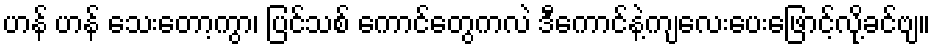
ဟန် ဟန် သေးတော့ကွာ၊ ပြင်သစ် ကောင်တွေကလဲ ဒီကောင်နဲ့ကျလေးပေးဖြောင့်လို့ခင်ဗျ။